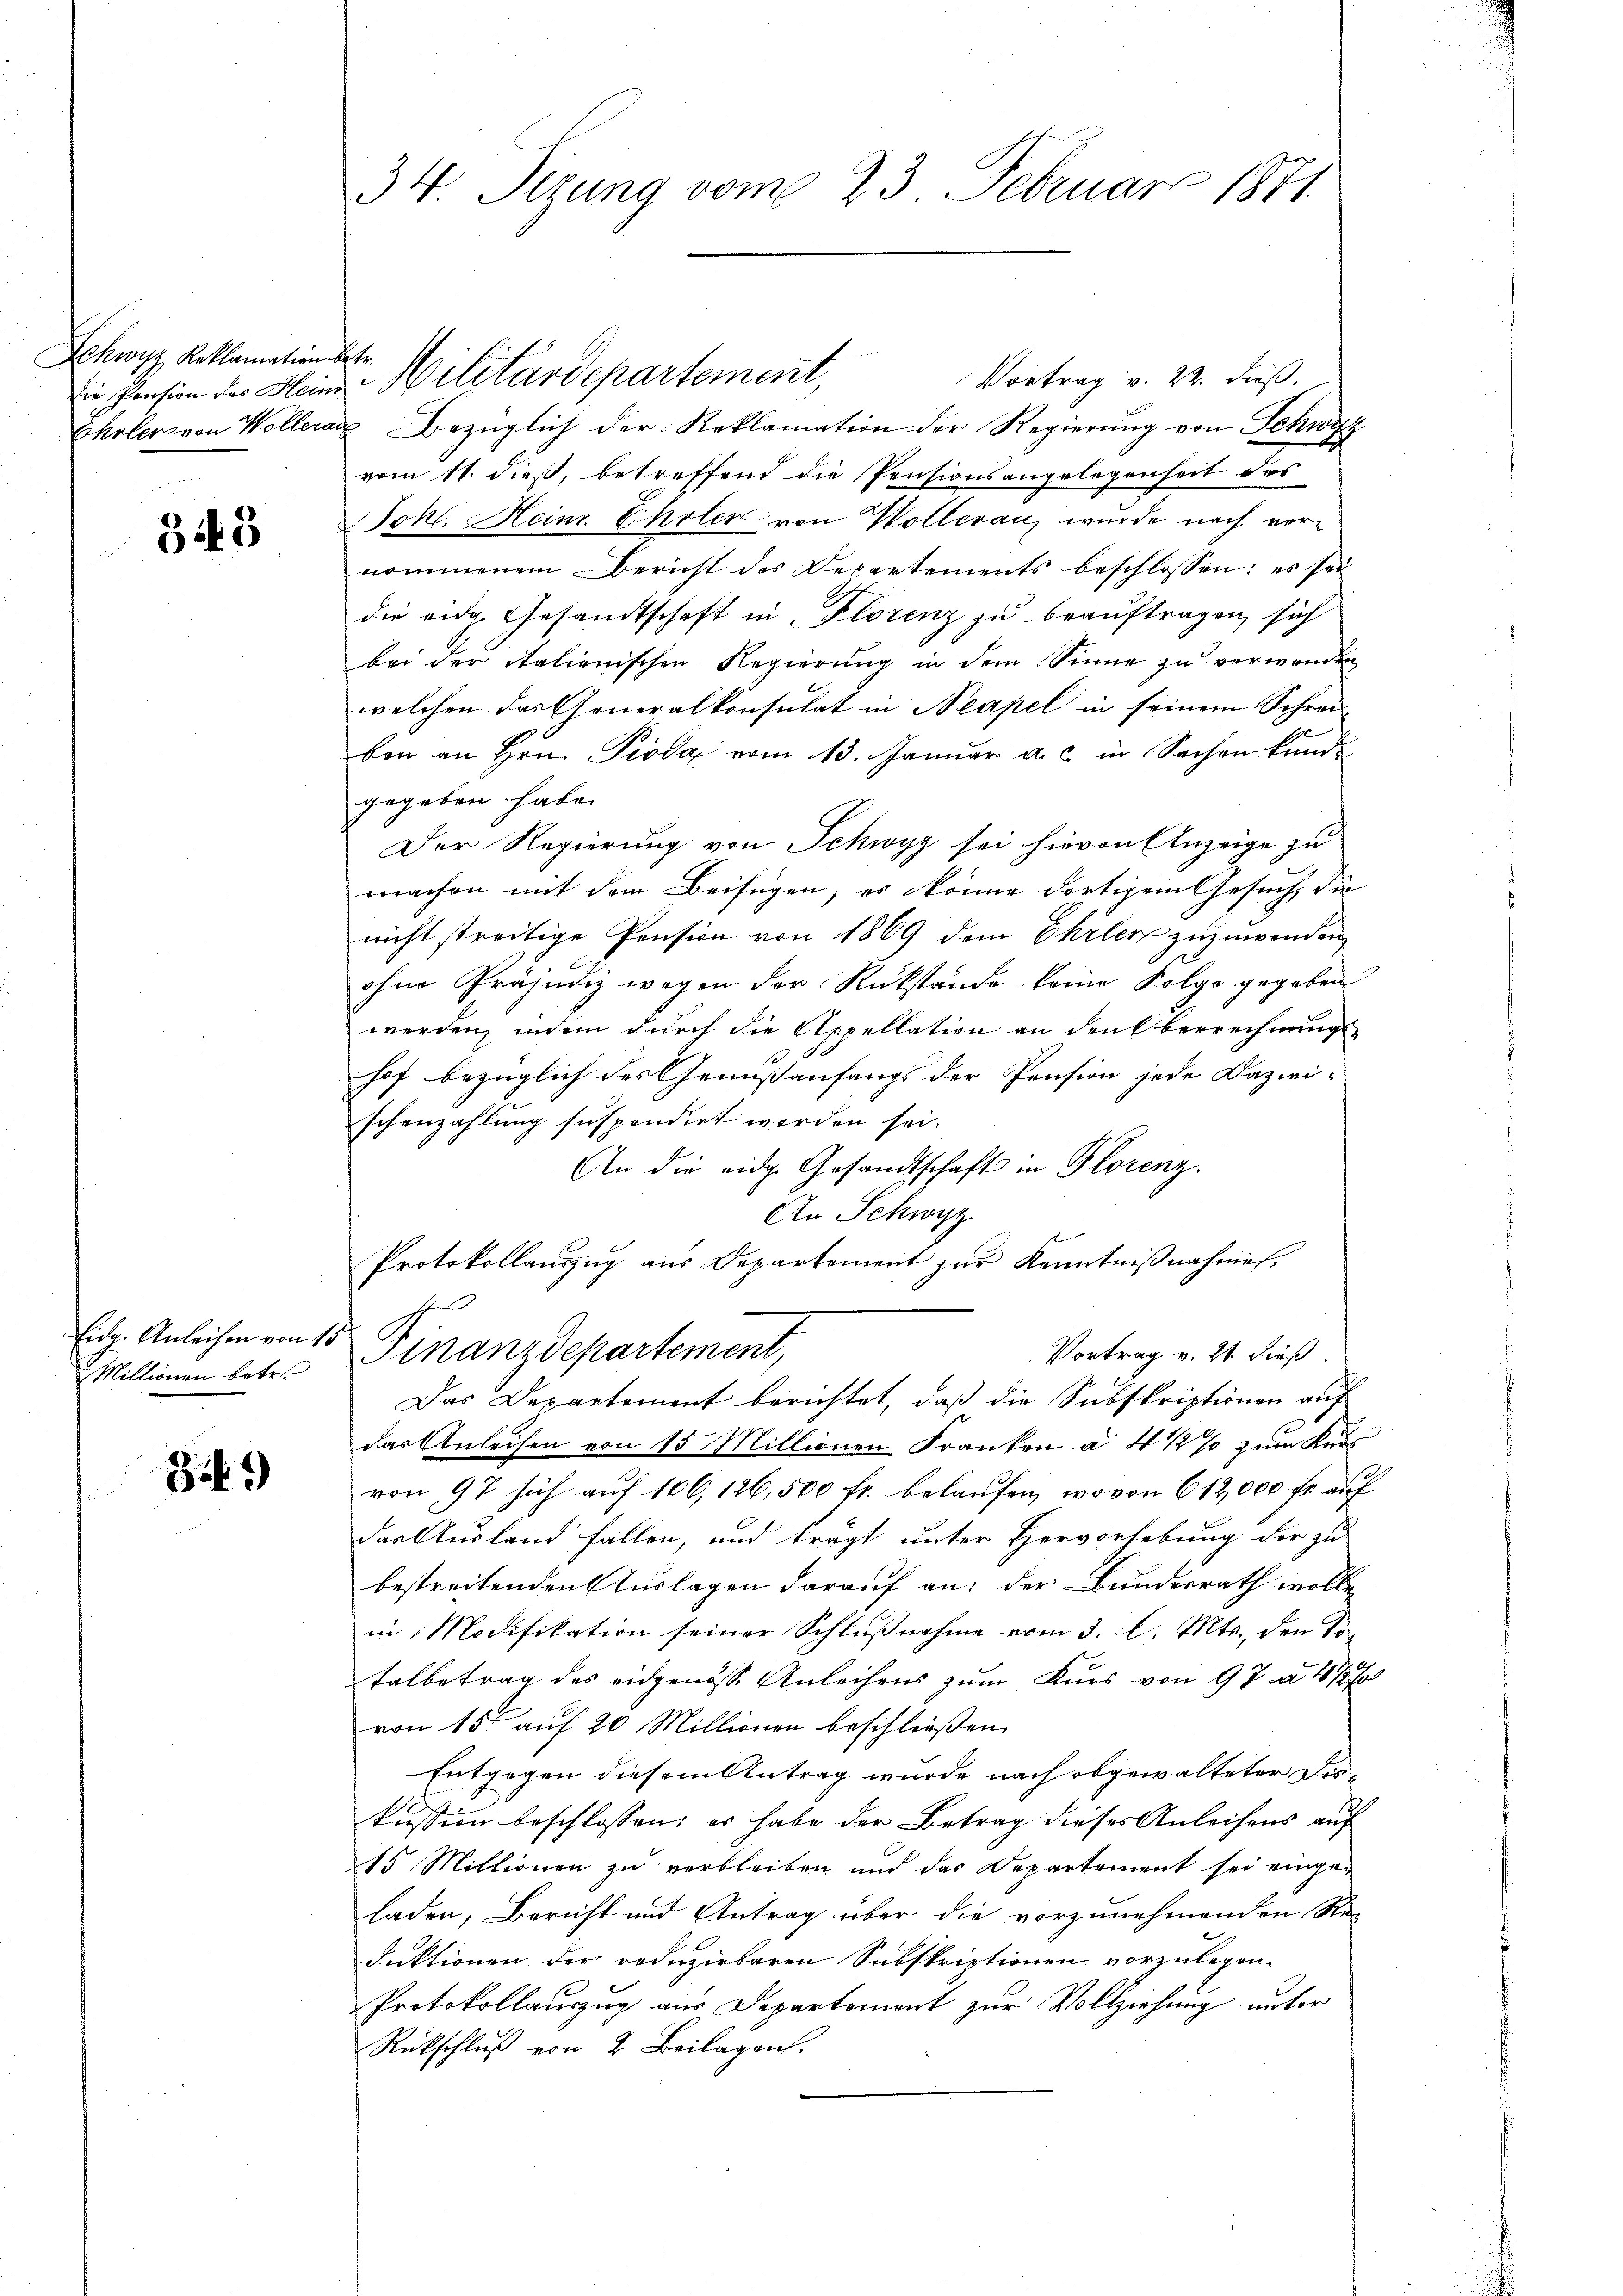
Schwyz, Reklamation
Die Pension des Hein
Eheler von Woller

343

Millionen betr.

341)

34 Sizung vom 23. Februar 1871.

ft
Militärdepartement,
Vortrag v. 22. dieß.
u Bezüglich der Reklamation der Regierung von Schwyz
vom 11. dieß, betreffend die Pensionsangelegenheit des
Jokl. Heinr. Eheler von Wollerau, wurde nach vernommenen Bericht des Departements beschlossen: es sei
die eidg. Gesandtschaft in Florenz zu beauftragen, sich
bei der italienischen Regierung in dem Sinne zu verwenden
welchen das Generalkonsulat in Neapel in seinem Schrei-
ben an Hrn. Pioda vom 13. Januar a. c. in Sachen kunde
gegeben habe.
Der Regierung von Schwyz sei hievon Anzeige zu
wachen mit dem Beifügen, es könne dortigem Gesuch, die
nicht streitige Pension von 1869 dem Ehrler zuzuwenden
ohne Präjudiz wegen der Rückstände keine Folge gegeben
werden, indem durch die Appellation an den Oberrechnungs-
hof bezüglich des Genußanfangs der Pension jede Dazwi-
schenzahlung suspendirt worden sei.
An die eidg. Gesandtschaft in Florenz.
An Schwyz
Protokollauszug aus Departement zur Kenntnißnahmen.
Eide Anleihen von 15 Finanzdepartement,
Vortrag v. 21. dieß
Das Departement beruhtet, daβ die Subskriptionen aŭf
das Anleihen von 15 Millionen Franken à 4 1/2% zum Kar
von 97 sich auf 106, 126,500 fr. belaufen, wovon 612,000 fl auf
das Ausland fallen, und trägt unter Hervorhebung der zu
bestreitenden Auslagen darauf an: der Bundesrath wolle
in Modifikation seiner Schlußnahme vom 3. l. Mts., den Totalbetrag des eidgenösse Anleihens zum Kurs von 97 à 4 1/
von 15 auf 20 Millionen beschließen.
Entgegen diesem Antrag wurde nach abgewalteter Dis-
kussion beschlossen; es habe der Betrag dieses Anleihens auf
15 Millionen zu verbleiben und das Departement sei eingeladen, Bericht und Antrag über die vorzunehmenden Re-
duktionen der reduzirbaren Subskriptionen vorzulegen.
Protokollauszug aus Departement zur Vollziehung unter
Rückschluß von 2 Beilagen.